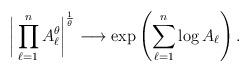
LaTeX: \begin{align*} \bigg|\prod_{\ell=1}^nA_\ell^\theta\bigg|^{\frac{1}{\theta}} \longrightarrow \exp \left( \sum_{\ell=1}^n \log A_\ell \right) .\end{align*}